Bréfritari: Ásdís Sigfúsdóttir
Viðtakandi: Daníel Halldórsson
Dagsetning: A-1881-01-03
Skrifað á: Syðra-Tjarnakoti  Eyf.

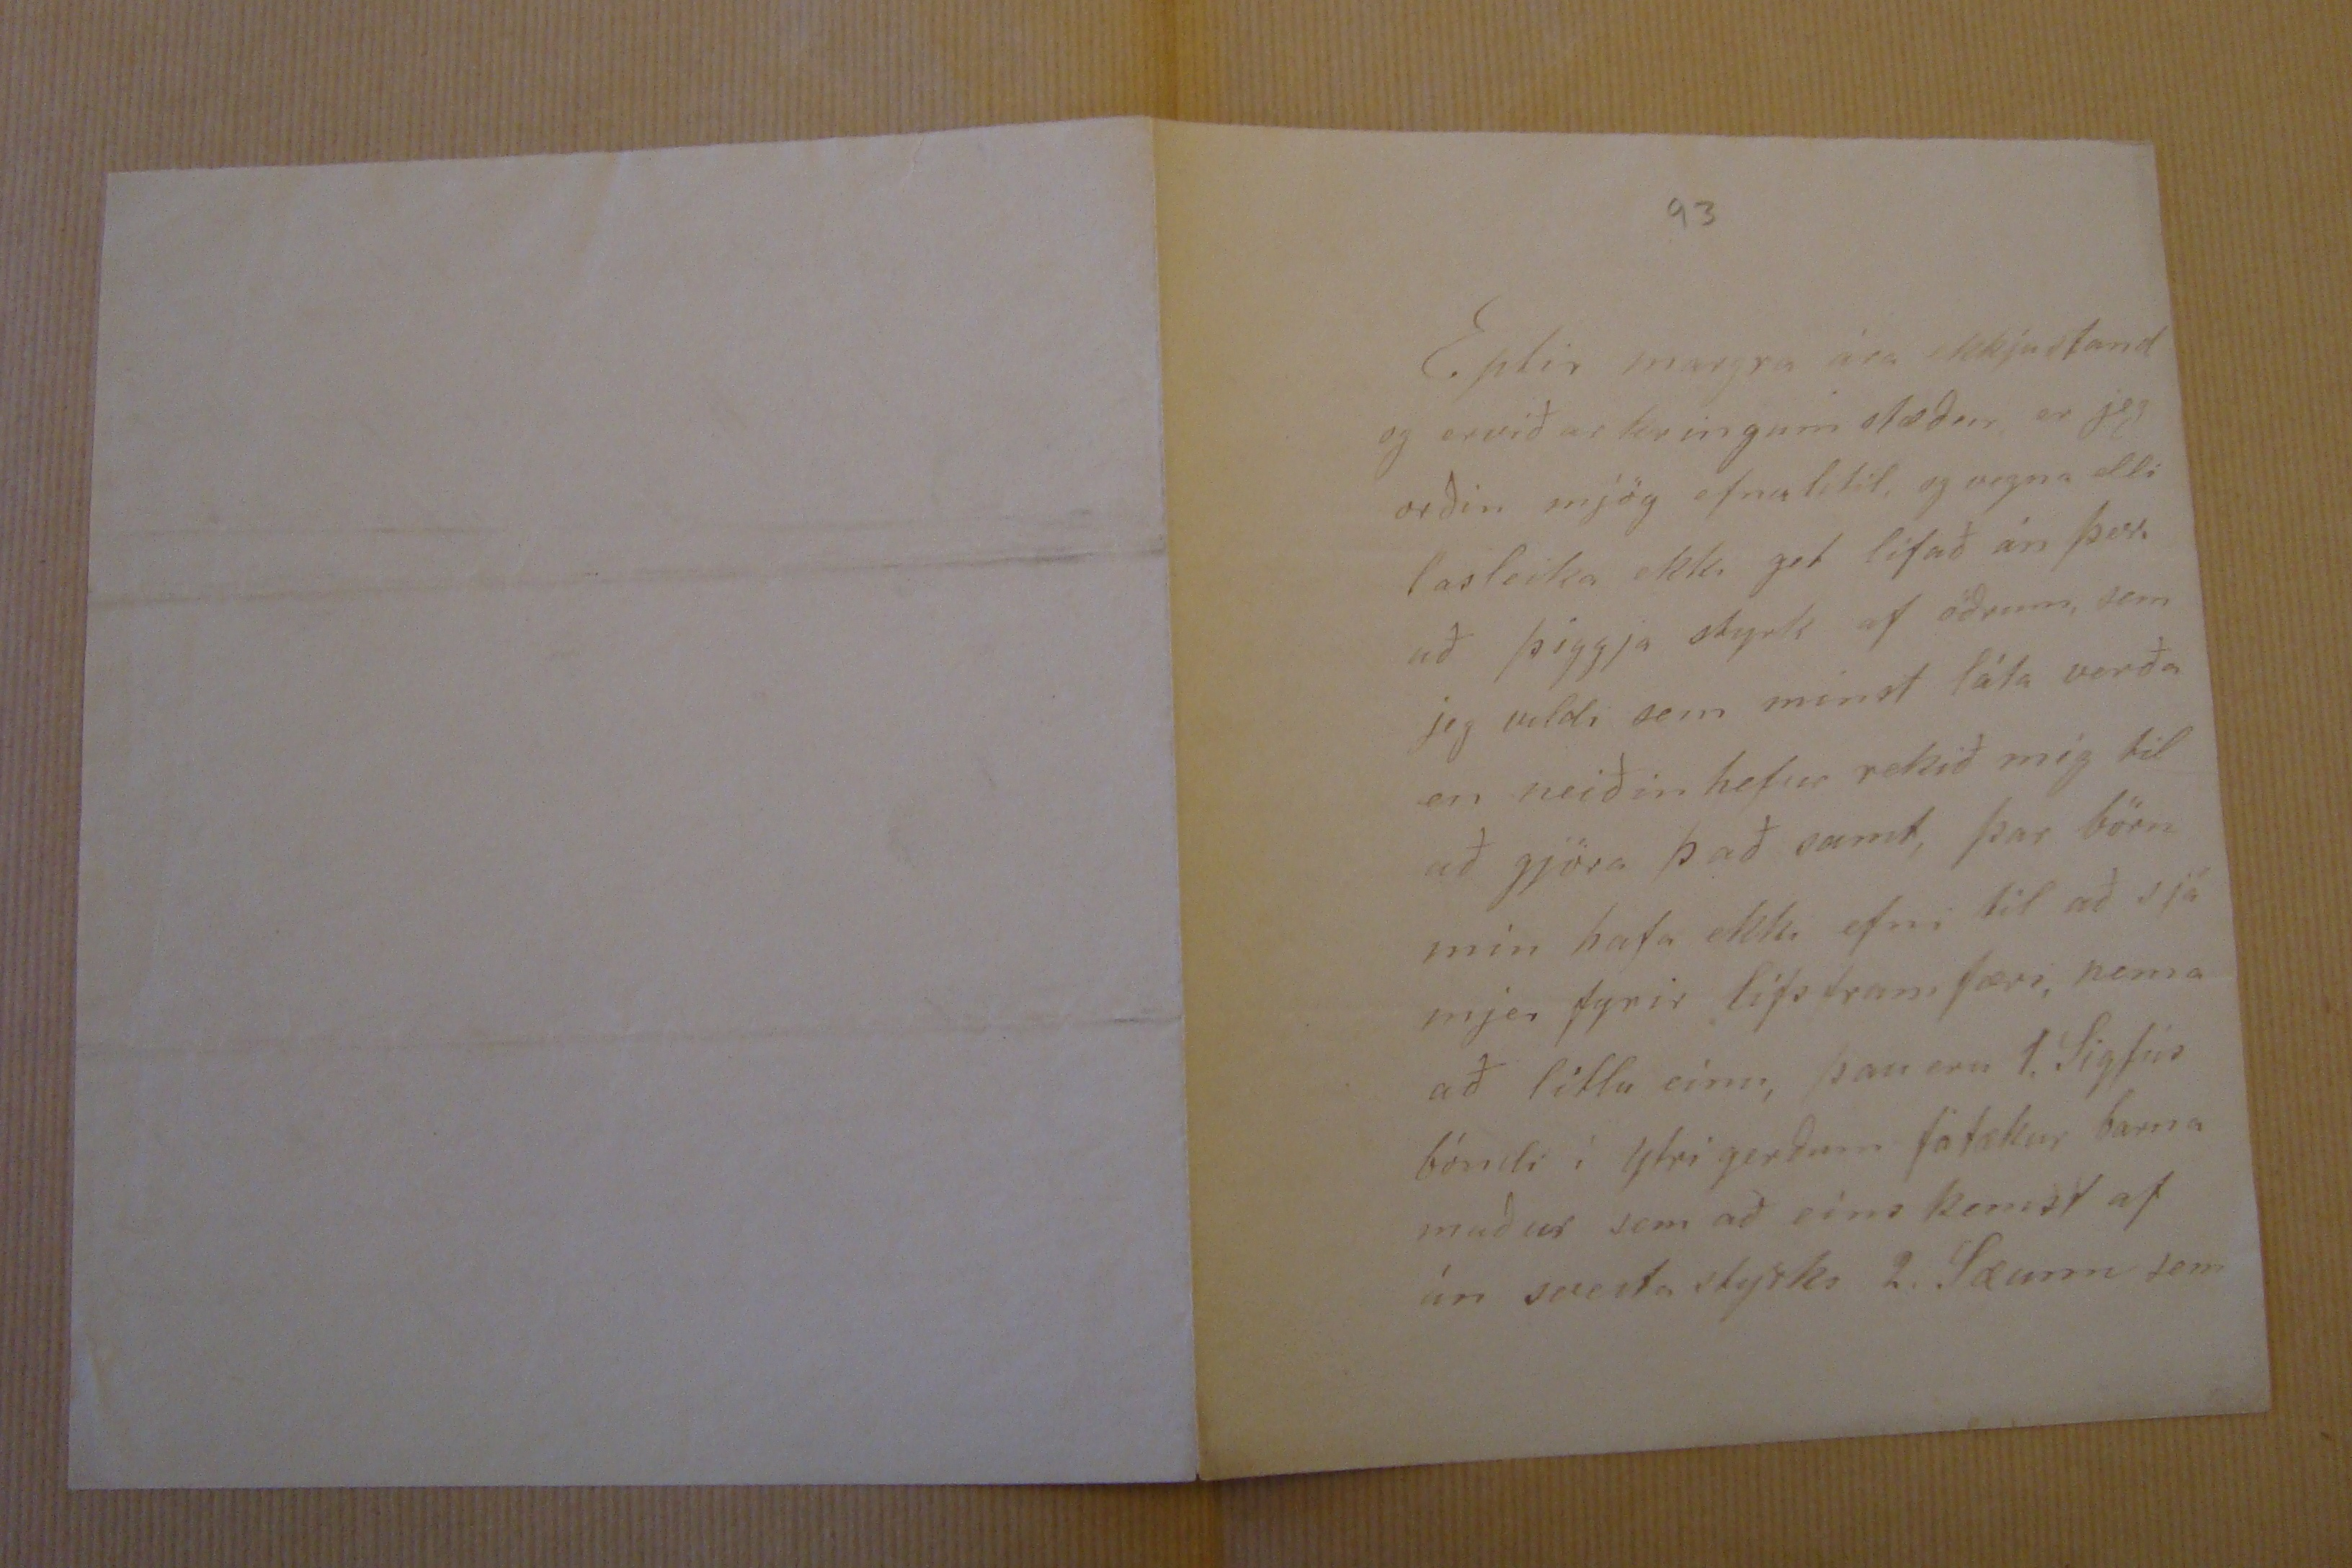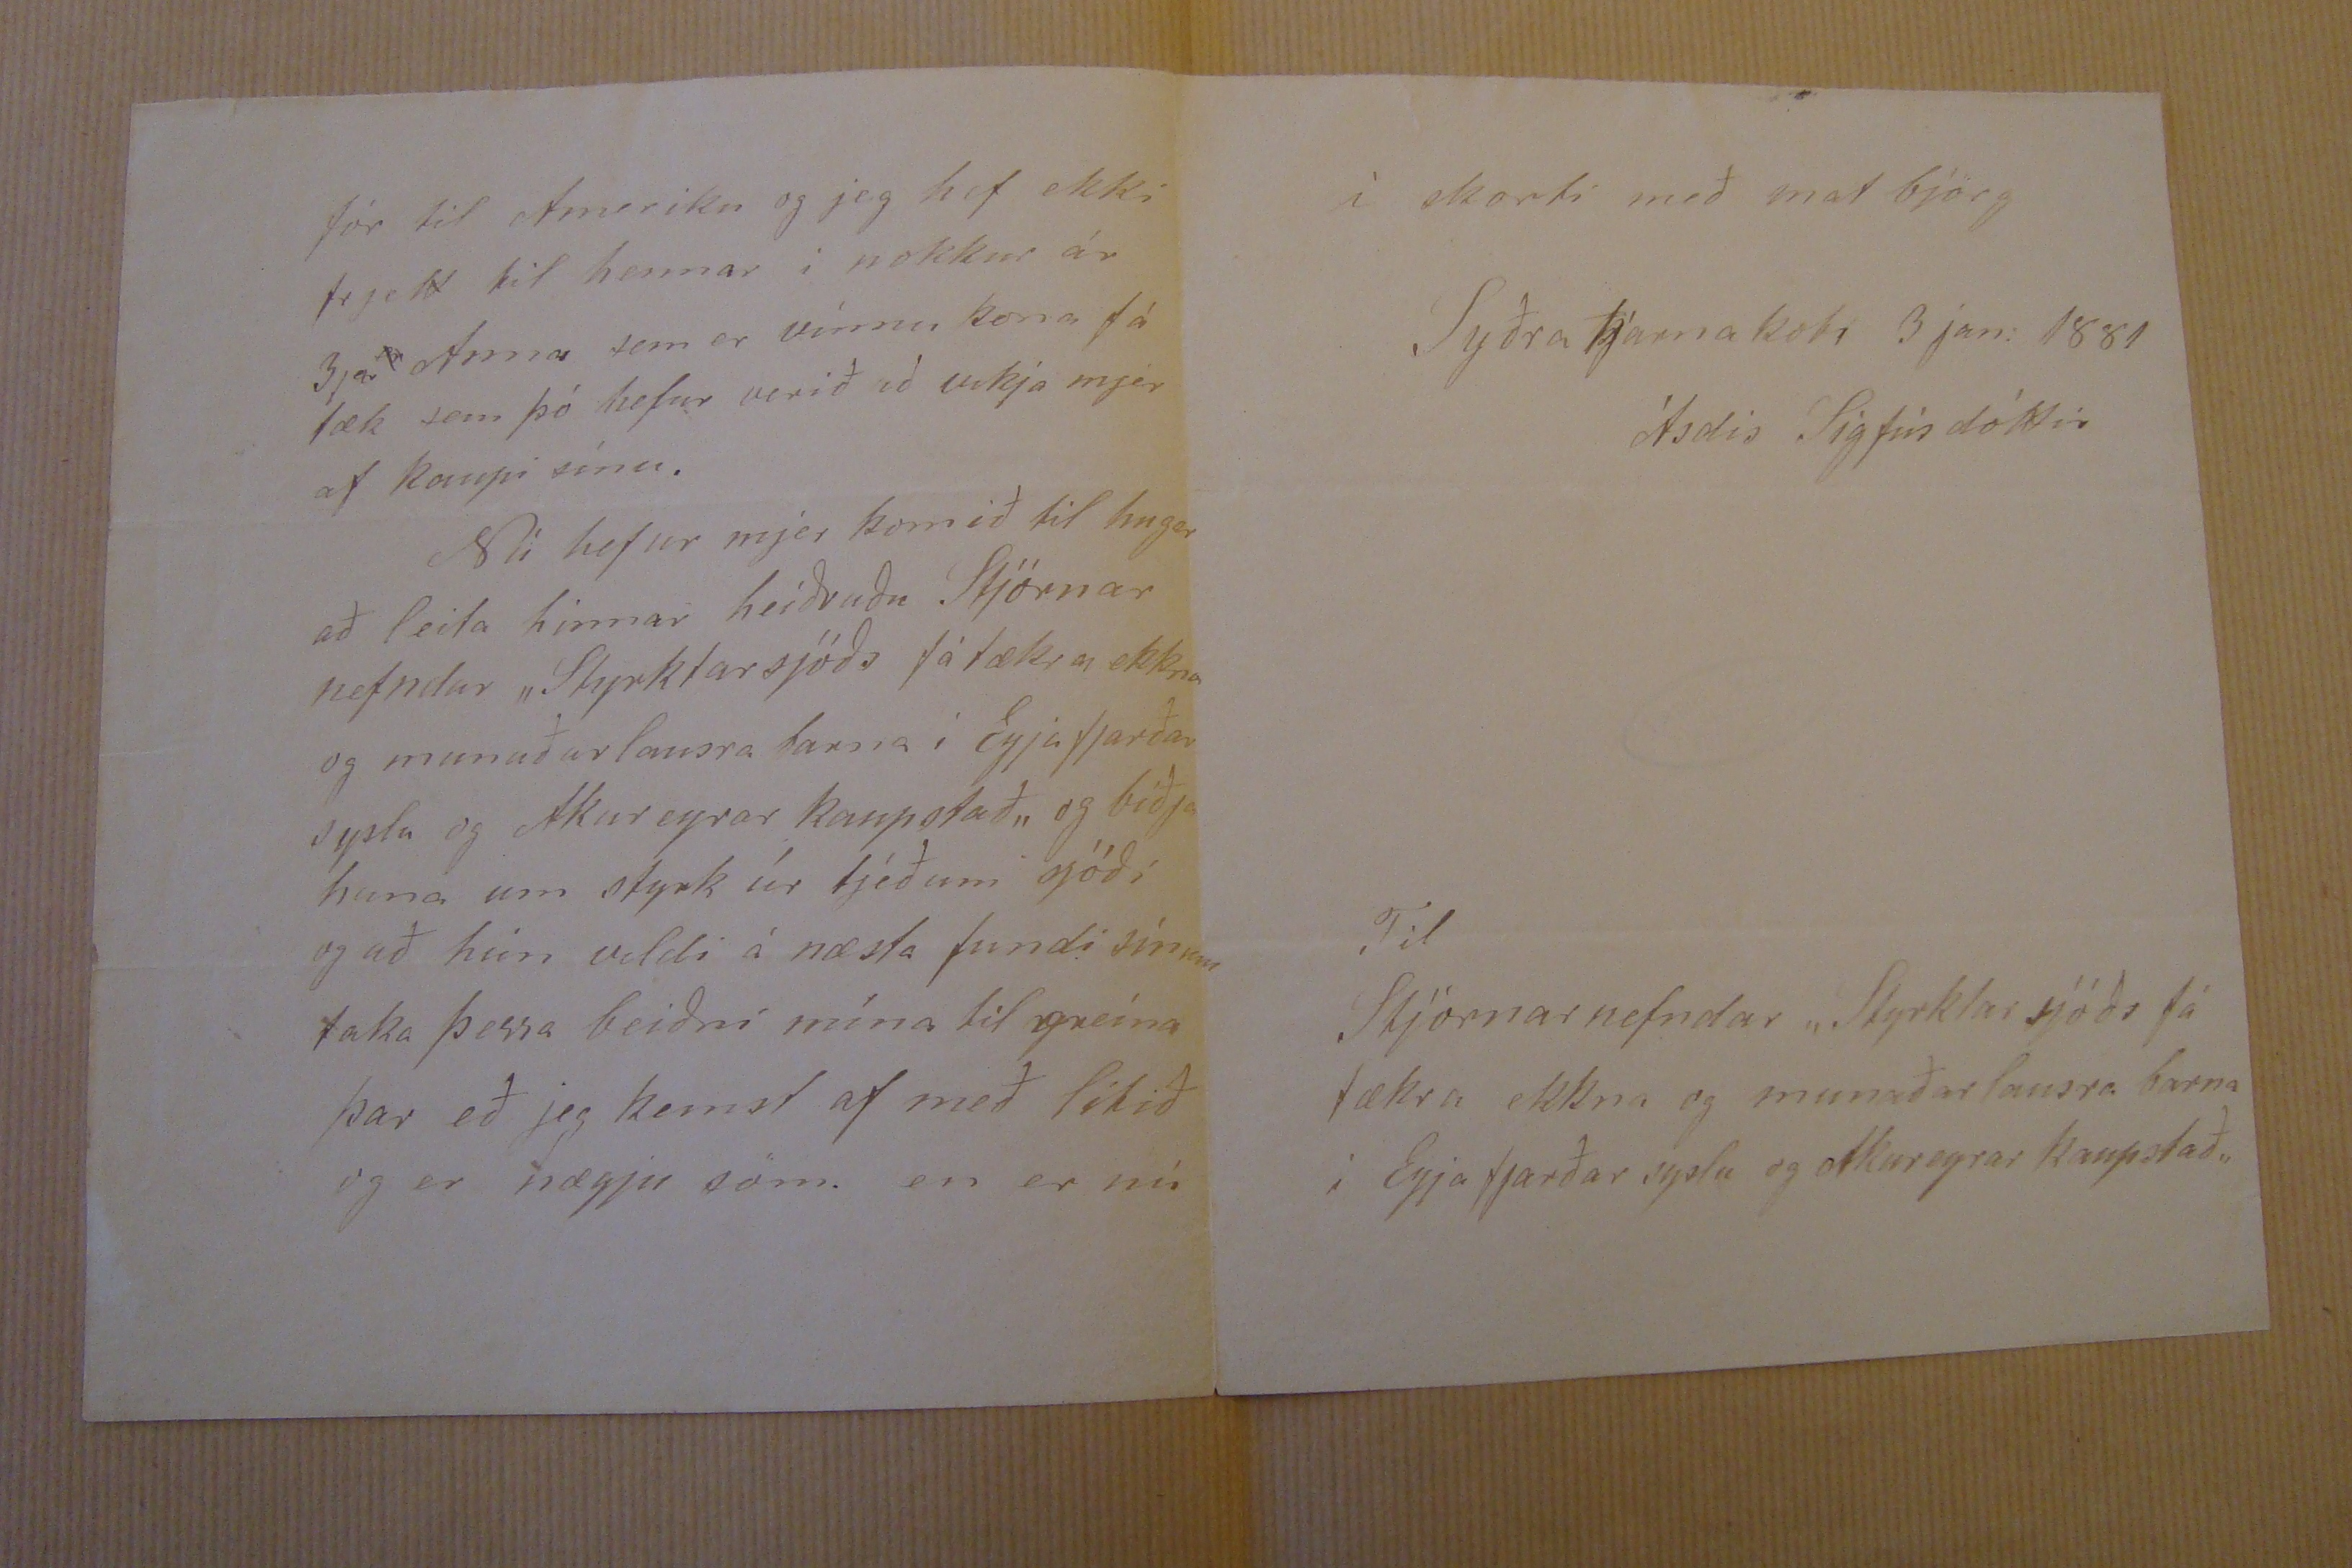

93
Eptir margra ára ekkjustand og ervið ar kringum stæður er jeg orðin mjög efnalítil, og vegna elli lasleika ekki get lifað án þess að þiggja styrk af öðrum, sem jeg valdi sem minst láta verða en neiðin hefur rekið mig til að gjöra það samt, þar börn mín hafa ekki efni til að sjá mjer fyrir lífsfram færi, nema að litlu eínu, þau eru 1. Sigfús bóndi í ytri gerðum fátækur barna maður sem að eíns kemst af án
sveita
styrks 2. Sæunn sem
fór til Ameríku og jeg hef ekki frjett til hennar í nokkur ár 3ja
er
Anna sem er vinnu kona fá tæk sem þó hefur verið að vekja mjer af kaupi sínu. Nú hefur mjer komið til hugar að leita hinnar heiðruðu Stjórnar nefndar "Styrktarsjóðs fátækra ekkna og munaðarlausra barna í Eyjafjarðar syslu og Akureyrar kaupstað" og biðja hana um styrk úr tjéðum sjóði og að hún veldi á næsta fundi sínum taka þessa beiðni mína til greína þar eð jeg kemst af með lítið og er nægju söm. en er nú
í skorti með mat björg
Syðra tjarnakoti 3 jan: 1881
Ásdís Sigfúsdóttir
Til Stjórnarnefndar "Styrktarsjóðs fá tækra ekkna og munaðarlausra barna í Eyja fjarðarsyslu og Akureyrar kaupstað"